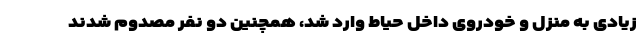
زیادی به منزل و خودروی داخل حیاط وارد شد، همچنین دو نفر مصدوم شدند